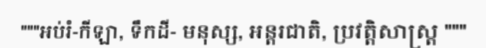
"""អប់រំ-កីឡា, ទឹកដី- មនុស្ស, អន្តរជាតិ, ប្រវត្តិសាស្ត្រ """